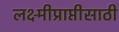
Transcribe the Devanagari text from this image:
लक्ष्मीप्राप्तीसाठी